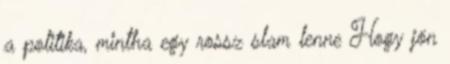
a politika, mintha egy rossz slam lenne Hogy jön